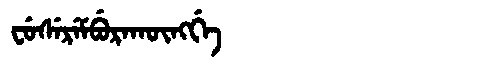
Manchu: ᠸᡠᠰᡝᡵᡝᠮᠪᡠᡵᠠᡴᡡᠩᡤᡝ
Romanization: FUSEREMBURAKŪNGGE